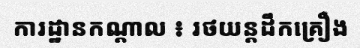
ការដ្ឋានកណ្តាល ៖ រថយន្តដឹកគ្រឿង